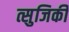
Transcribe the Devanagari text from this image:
त्सुजिकी